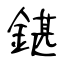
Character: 鍖